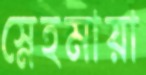
স্নেহমায়া